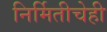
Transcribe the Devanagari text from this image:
निर्मितीचेही